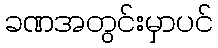
ခဏအတွင်းမှာပင်